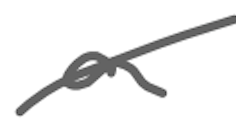
Text: a
Cross-out: diagonal
Writing tool: digital_gray